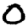
Digit: 0